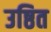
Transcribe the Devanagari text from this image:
उष्ठित